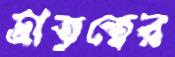
ভ্রাতৃত্বের